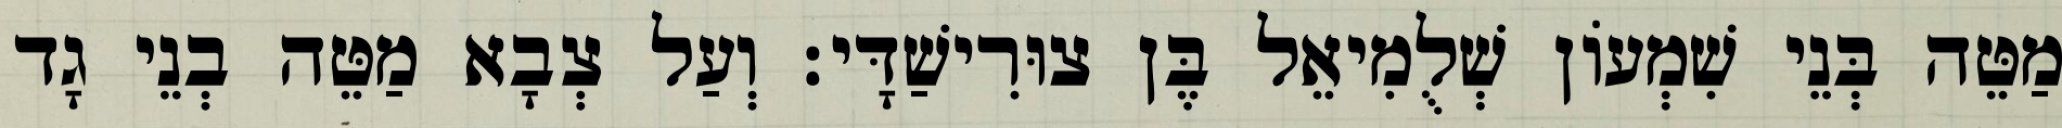
מַטֵּה בְּנֵי שִׁמְעוֹן שְׁלֻמִיאֵל בֶּן צוּרִישַׁדָּי׃ וְעַל צְבָא מַטֵּה בְנֵי גָד